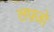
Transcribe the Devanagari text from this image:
लफ़्जो